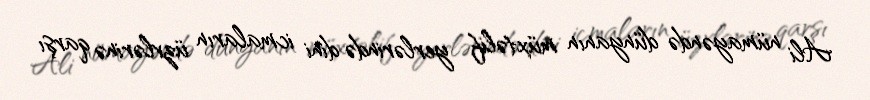
Ali nümayəndə dünyanın müxtəlif yerlərində dini icmaların üzvlərinə qarşı